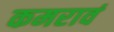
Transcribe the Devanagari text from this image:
कमरावं